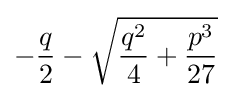
-{\frac {q}{2}}-{\sqrt {{\frac {q^{2}}{4}}+{\frac {p^{3}}{27}}}}